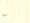
نعم